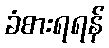
ခံစားရရန်